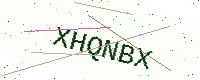
Text: XHQNBX